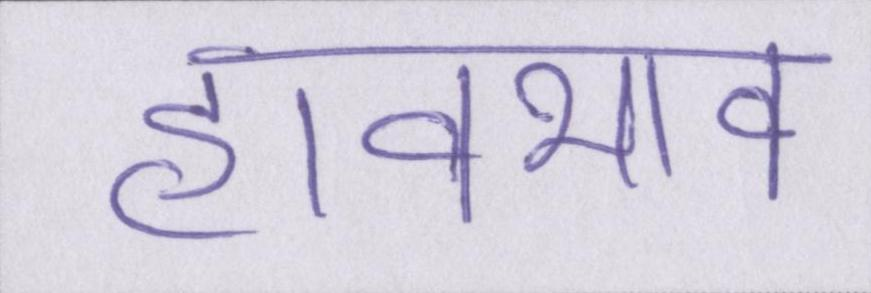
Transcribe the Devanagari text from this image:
हावभाव